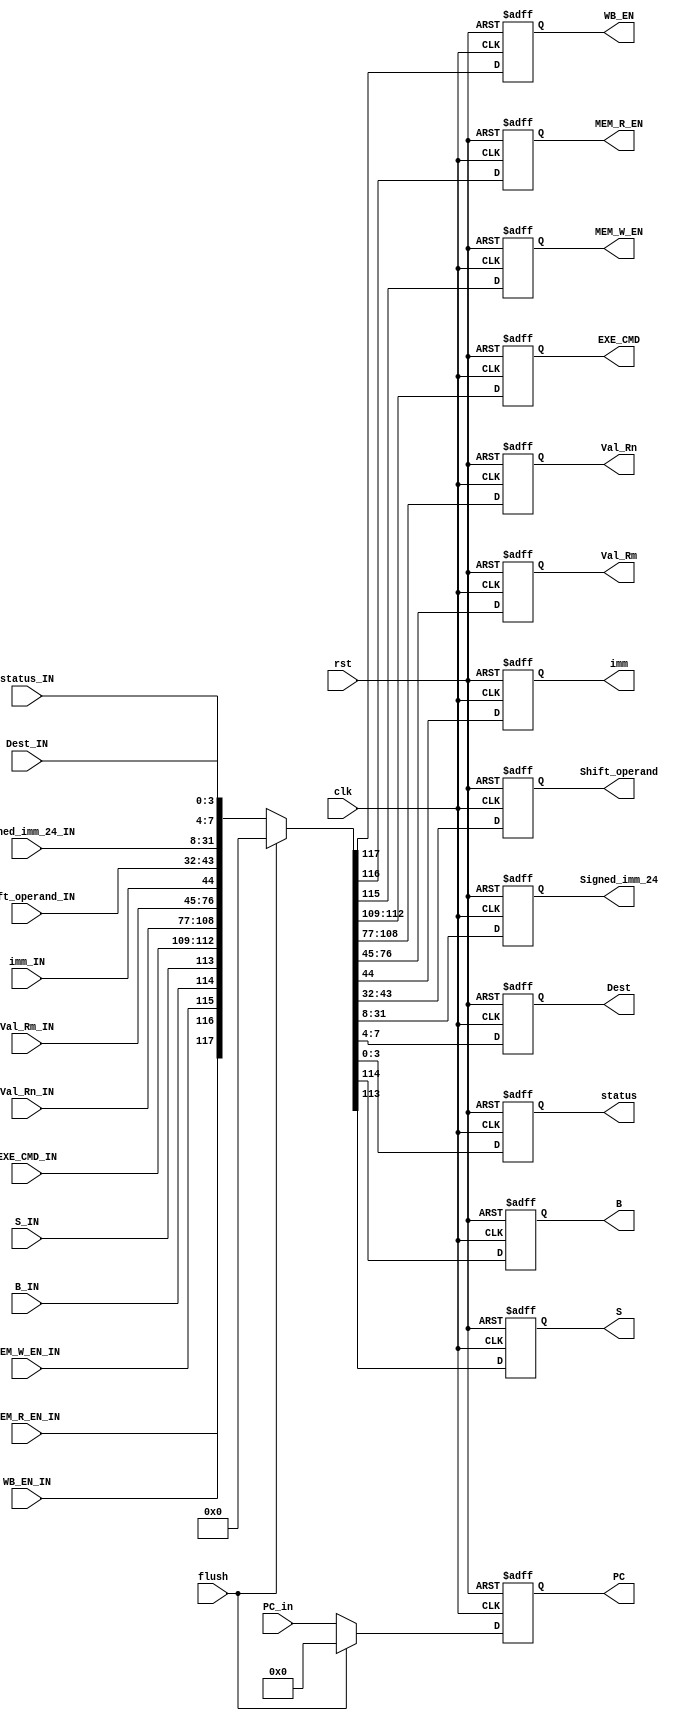
module ID_Reg (
    input clk, rst, flush,
    input WB_EN_IN, MEM_R_EN_IN, MEM_W_EN_IN,
    input B_IN, S_IN,
    input [3:0] EXE_CMD_IN,
    input[31:0] PC_in,
    input [31:0] Val_Rn_IN, Val_Rm_IN,
    input imm_IN,
    input [11:0] shift_operand_IN,
    input [23:0] Signed_imm_24_IN,
    input [3:0] Dest_IN, status_IN,

    output reg WB_EN, MEM_R_EN, MEM_W_EN, B, S,
    output reg[3:0] EXE_CMD,
    output reg[31:0] PC,
    output reg[31:0] Val_Rn, Val_Rm,
    output reg imm,
    output reg [11:0] Shift_operand,
    output reg [23:0] Signed_imm_24,
    output reg [3:0] Dest, status
);

    always @(posedge clk, posedge rst) begin
        if (rst) begin
            PC <= 0;
            {WB_EN, MEM_R_EN, MEM_W_EN, B, S, EXE_CMD, Val_Rn, Val_Rm, imm, Shift_operand, Signed_imm_24, Dest, status} <= 118'b0;
        end else if (flush) begin
                PC <= 0;
                {WB_EN, MEM_R_EN, MEM_W_EN, B, S, EXE_CMD, Val_Rn, Val_Rm, imm, Shift_operand, Signed_imm_24, Dest, status} <= 118'b0;
            end else begin
                PC <= PC_in;
                {WB_EN, MEM_R_EN, MEM_W_EN, B, S, EXE_CMD, Val_Rn, Val_Rm, imm, Shift_operand, Signed_imm_24, Dest, status} <= 
                {WB_EN_IN, MEM_R_EN_IN, MEM_W_EN_IN, B_IN, S_IN, EXE_CMD_IN, Val_Rn_IN, Val_Rm_IN, imm_IN, shift_operand_IN, Signed_imm_24_IN, Dest_IN, status_IN};
            end
    end

endmodule